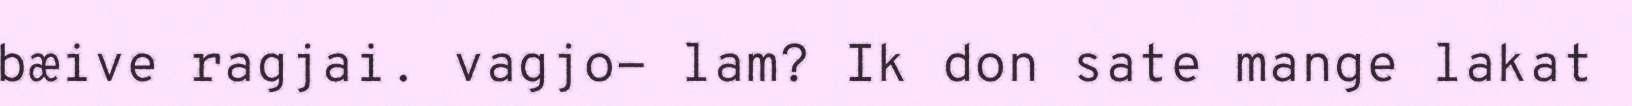
bæive ragjai. vagjo- lam? Ik don sate mange lakat